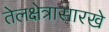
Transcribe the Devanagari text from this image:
तेलक्षेत्रासारखे